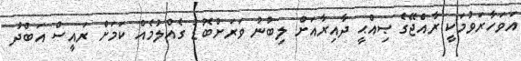
އަވަހާރަވުމަކީ ރާއްޖޭގެ ޞިއްޙީ ދާއިރާއަށް ލިބުނު ވަރަށްބޮޑު ގެއްލުމެއް ކަމަށް ރައީސް އަބްދު